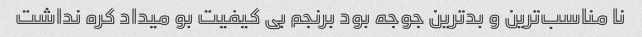
نا مناسب‌ترین و بدترین جوجه بود برنجم بی کیفیت بو میداد کره نداشت